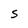
Character: S